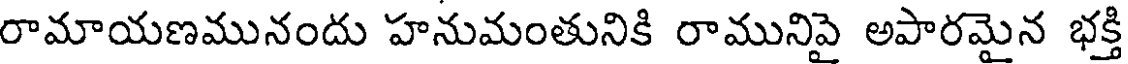
రామాయణమునందు హనుమంతునికి రామునిపై అపారమైన భక్తి